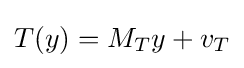
T(y)=M_{T}y+v_{T}